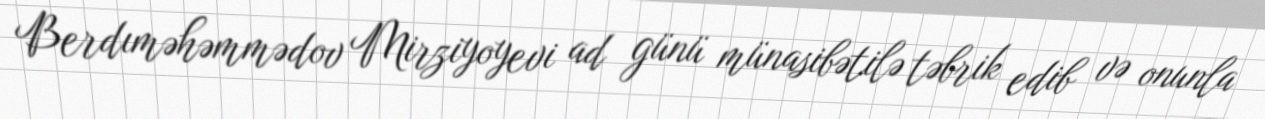
Berdıməhəmmədov Mirziyoyevi ad günü münasibətilə təbrik edib və onunla